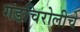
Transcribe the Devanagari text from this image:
गडचिरोलीचे